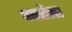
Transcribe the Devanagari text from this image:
कातेल्ल